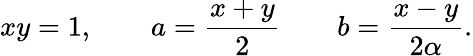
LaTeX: xy=1,\qquad a={\frac{x+y}{2}}\qquad b={\frac{x-y}{2\alpha}}.